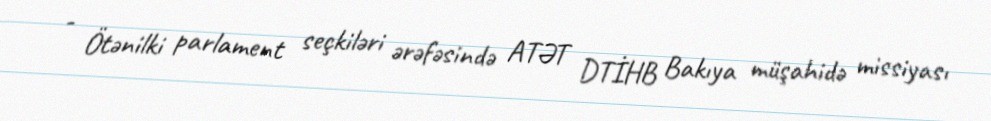
- Ötənilki parlament seçkiləri ərəfəsində ATƏT DTİHB Bakıya müşahidə missiyası